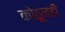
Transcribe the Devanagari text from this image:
कोठूनही